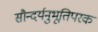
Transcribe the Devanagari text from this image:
सौन्दर्यनुभूतिपरक